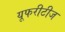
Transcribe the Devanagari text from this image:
यूफरीटीज